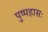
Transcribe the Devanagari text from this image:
पुष्पहासः